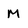
Character: M